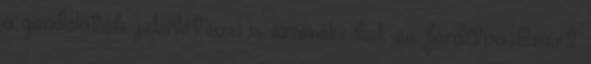
a gondolatok jelenlétével is számolni kell, és fordítva. Ezért